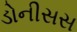
ડોનીસસ